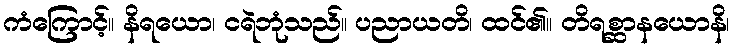
ကံကြောင့်။ နိရယော၊ ငရဲဘုံသည်။ ပညာယတိ၊ ထင်၏။ တိရစ္ဆာနယောနိ၊